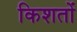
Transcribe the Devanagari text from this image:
किशतों